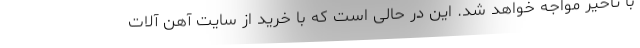
با تأخیر مواجه خواهد شد. این در حالی است که با خرید از سایت آهن آلات